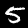
Label: 5